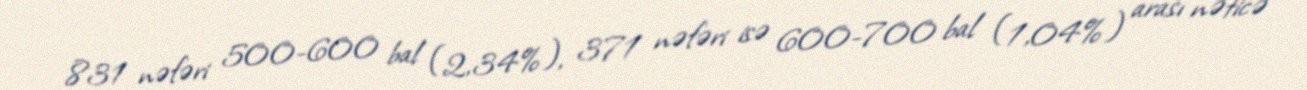
831 nəfəri 500-600 bal (2,34%), 371 nəfəri isə 600-700 bal (1,04%) arası nəticə